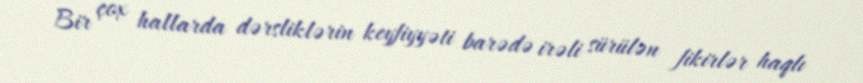
Bir çox hallarda dərsliklərin keyfiyyəti barədə irəli sürülən fikirlər haqlı